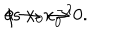
LaTeX: \phi \to x _ { 0 } ^ { - \lambda } \hspace { . 2 c m } { \textstyle \mathrm { a s \ } } x _ { 0 } \to 0 .